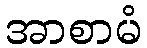
အာစာမံ